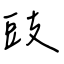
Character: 豉